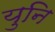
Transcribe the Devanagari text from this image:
युनि